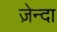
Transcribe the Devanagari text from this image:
ज़ेन्दा